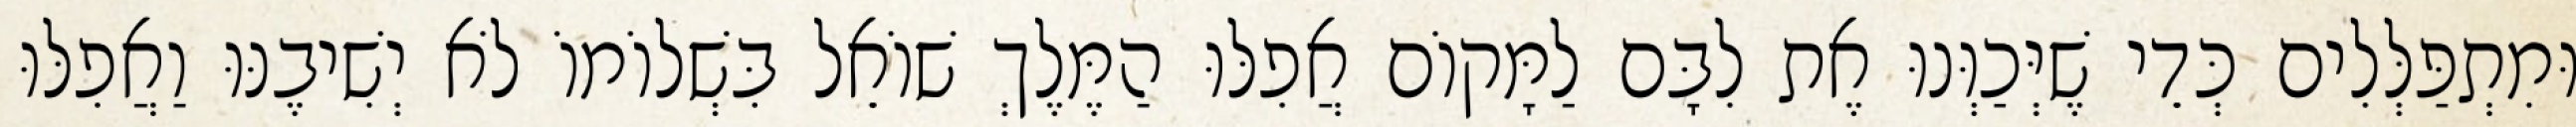
וּמִתְפַּלְּלִים כְּדֵי שֶׁיְּכַוְּנוּ אֶת לִבָּם לַמָּקוֹם אֲפִלּוּ הַמֶּלֶךְ שׁוֹאֵל בִּשְׁלוֹמוֹ לֹא יְשִׁיבֶנּוּ וַאֲפִלּוּ